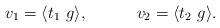
\begin{align*}v_1 = \langle t_1~g \rangle ,~~~~~~~~~ v_2 = \langle t_2~ g \rangle.\end{align*}